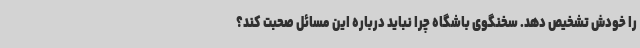
را خودش تشخیص دهد. سخنگوی باشگاه چرا نباید درباره این مسائل صحبت کند؟